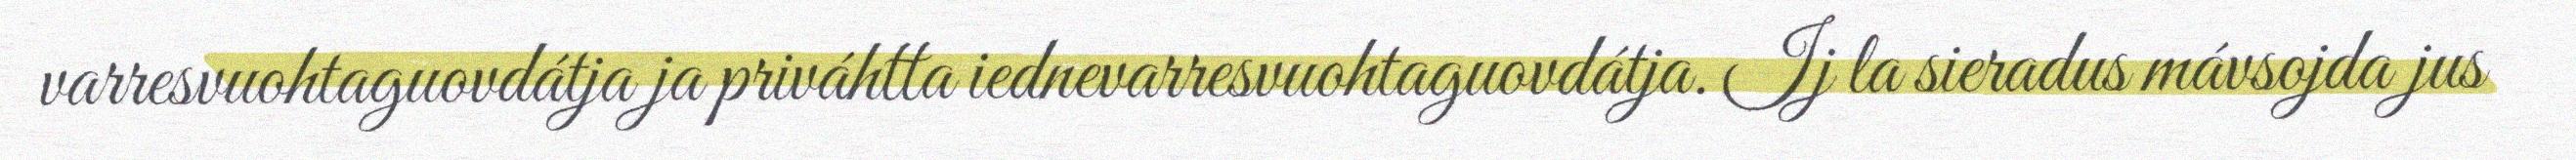
varresvuohtaguovdátja ja priváhtta iednevarresvuohtaguovdátja. Ij la sieradus mávsojda jus